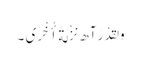
وَ لَقَدْ رَآھ نَزْلَةً أُخْرَی ۔